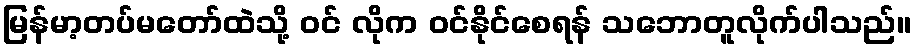
မြန်မာ့တပ်မတော်ထဲသို့ ဝင် လိုက ဝင်နိုင်စေရန် သဘောတူလိုက်ပါသည်။